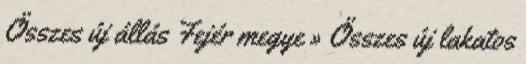
Összes új állás Fejér megye » Összes új lakatos